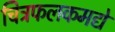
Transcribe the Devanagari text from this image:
चित्रफलकमद्ये